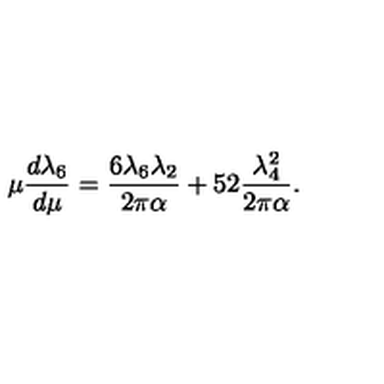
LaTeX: \mu { \frac { d \lambda _ { 6 } } { d \mu } } = { \frac { 6 \lambda _ { 6 } \lambda _ { 2 } } { 2 \pi \alpha } } + { \binom { 5 } { 2 } } { \frac { \lambda _ { 4 } ^ { 2 } } { 2 \pi \alpha } } .